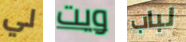
لي ويت لباب